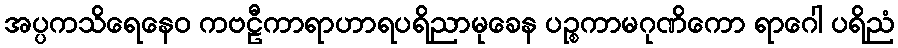
အပ္ပကသိရေနေဝ ကဗဠီကာရာဟာရပရိညာမုခေန ပဉ္စကာမဂုဏိကော ရာဂေါ ပရိညံ